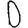
Digit: 0